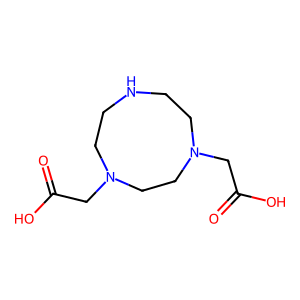
SMILES: O=C(O)CN1CCNCCN(CC(=O)O)CC1
Inhibits HIV replication: No